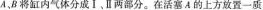
A，B将缸内气体分成Ⅰ、Ⅱ两部分。在活塞A的上方放置一质